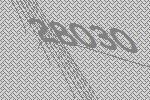
28030